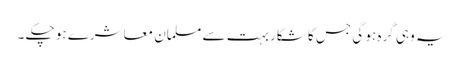
یہ وہی گرہ ہو گی جس کا شکار بہت سے مسلمان معاشرے ہو چکے ۔